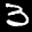
Label: 3